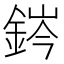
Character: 䤫